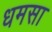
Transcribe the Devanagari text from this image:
धमसा